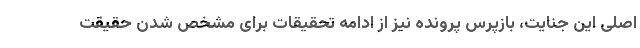
اصلی این جنایت، بازپرس پرونده نیز از ادامه تحقیقات برای مشخص شدن حقیقت